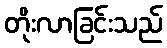
တိုးလာခြင်းသည်